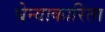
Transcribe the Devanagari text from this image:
घेन्याकारिता